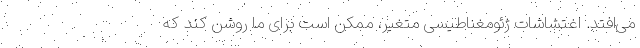
می‌افتد. اغتشاشات ژئومغناطیسی متغیر، ممکن است برای ما روشن کند که